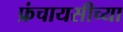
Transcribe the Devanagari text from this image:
फ्रंचायसीच्या